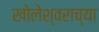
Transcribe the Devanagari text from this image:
खोलेश्वराच्या